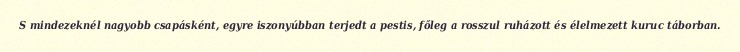
S mindezeknél nagyobb csapásként, egyre iszonyúbban terjedt a pestis, főleg a rosszul ruházott és élelmezett kuruc táborban.